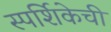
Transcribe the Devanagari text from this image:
स्पर्शिकेची